Scottish Leaving Certificate Examination, 1961
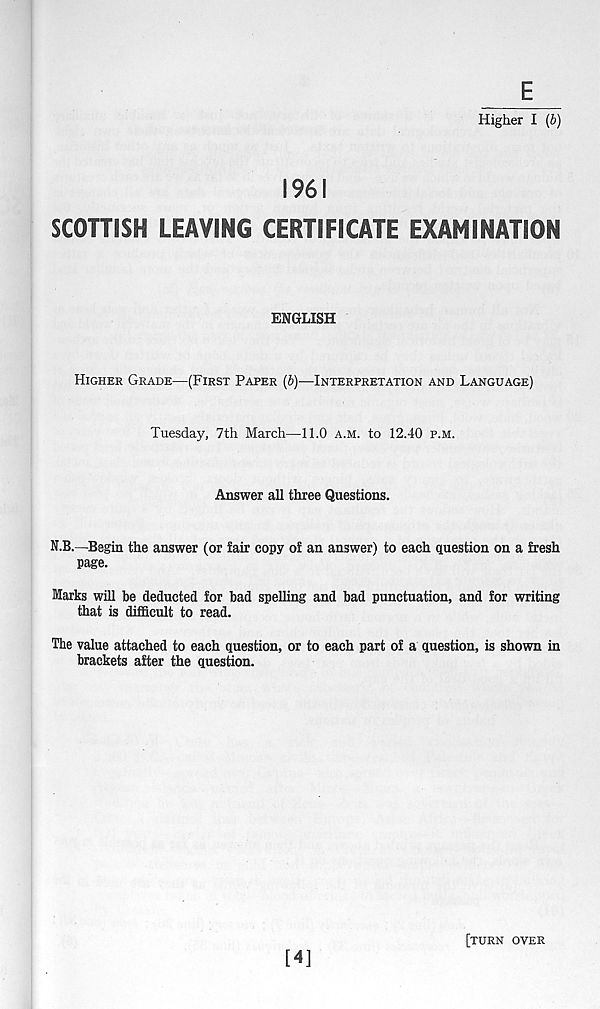
Higher I {b)
1961
SCOTTISH LEAVING CERTIFICATE EXAMINATION
ENGLISH
HIGHER GRADE—(FIRST PAPER (6)—INTERPRETATION AND LANGUAGE)
Tuesday, 7th March—11.0 A.M. to 12.40 P.M.
Answer all three Questions.
N.B.—Begin the answer (or fair copy of an answer) to each question on a fresh
page.
Marks will be deducted for bad spelling and bad punctuation, and for writing
that is difficult to read.
The value attached to each question, or to each part of a question, is shown in
brackets after the question.
[4]
[TURN OVER